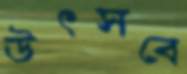
উৎসবে